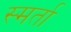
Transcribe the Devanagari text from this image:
स्मर्ता